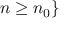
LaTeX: n \geq n _ { 0 } \}